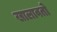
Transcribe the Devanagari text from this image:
खालावतो